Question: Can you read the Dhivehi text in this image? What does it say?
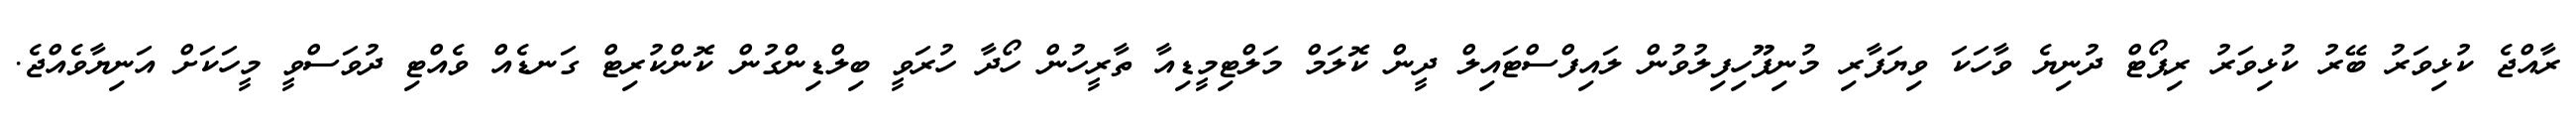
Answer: ރާއްޖެ ކުޅިވަރު ބޭރު ކުޅިވަރު ރިޕޯޓް ދުނިޔެ ވާހަކަ ވިޔަފާރި މުނިފޫހިފިލުވުން ލައިފްސްޓައިލް ދީން ކޮލަމް މަލްޓިމީޑިއާ ތާރީހުން ހޯދާ ހުރަވީ ބިލްޑިންގުން ކޮންކުރިޓް ގަނޑެއް ވެއްޓި ދުވަސްވީ މީހަކަށް އަނިޔާވެއްޖެ.